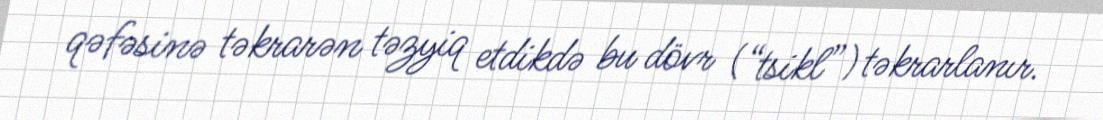
qəfəsinə təkrarən təzyiq etdikdə bu dövr (“tsikl”) təkrarlanır.